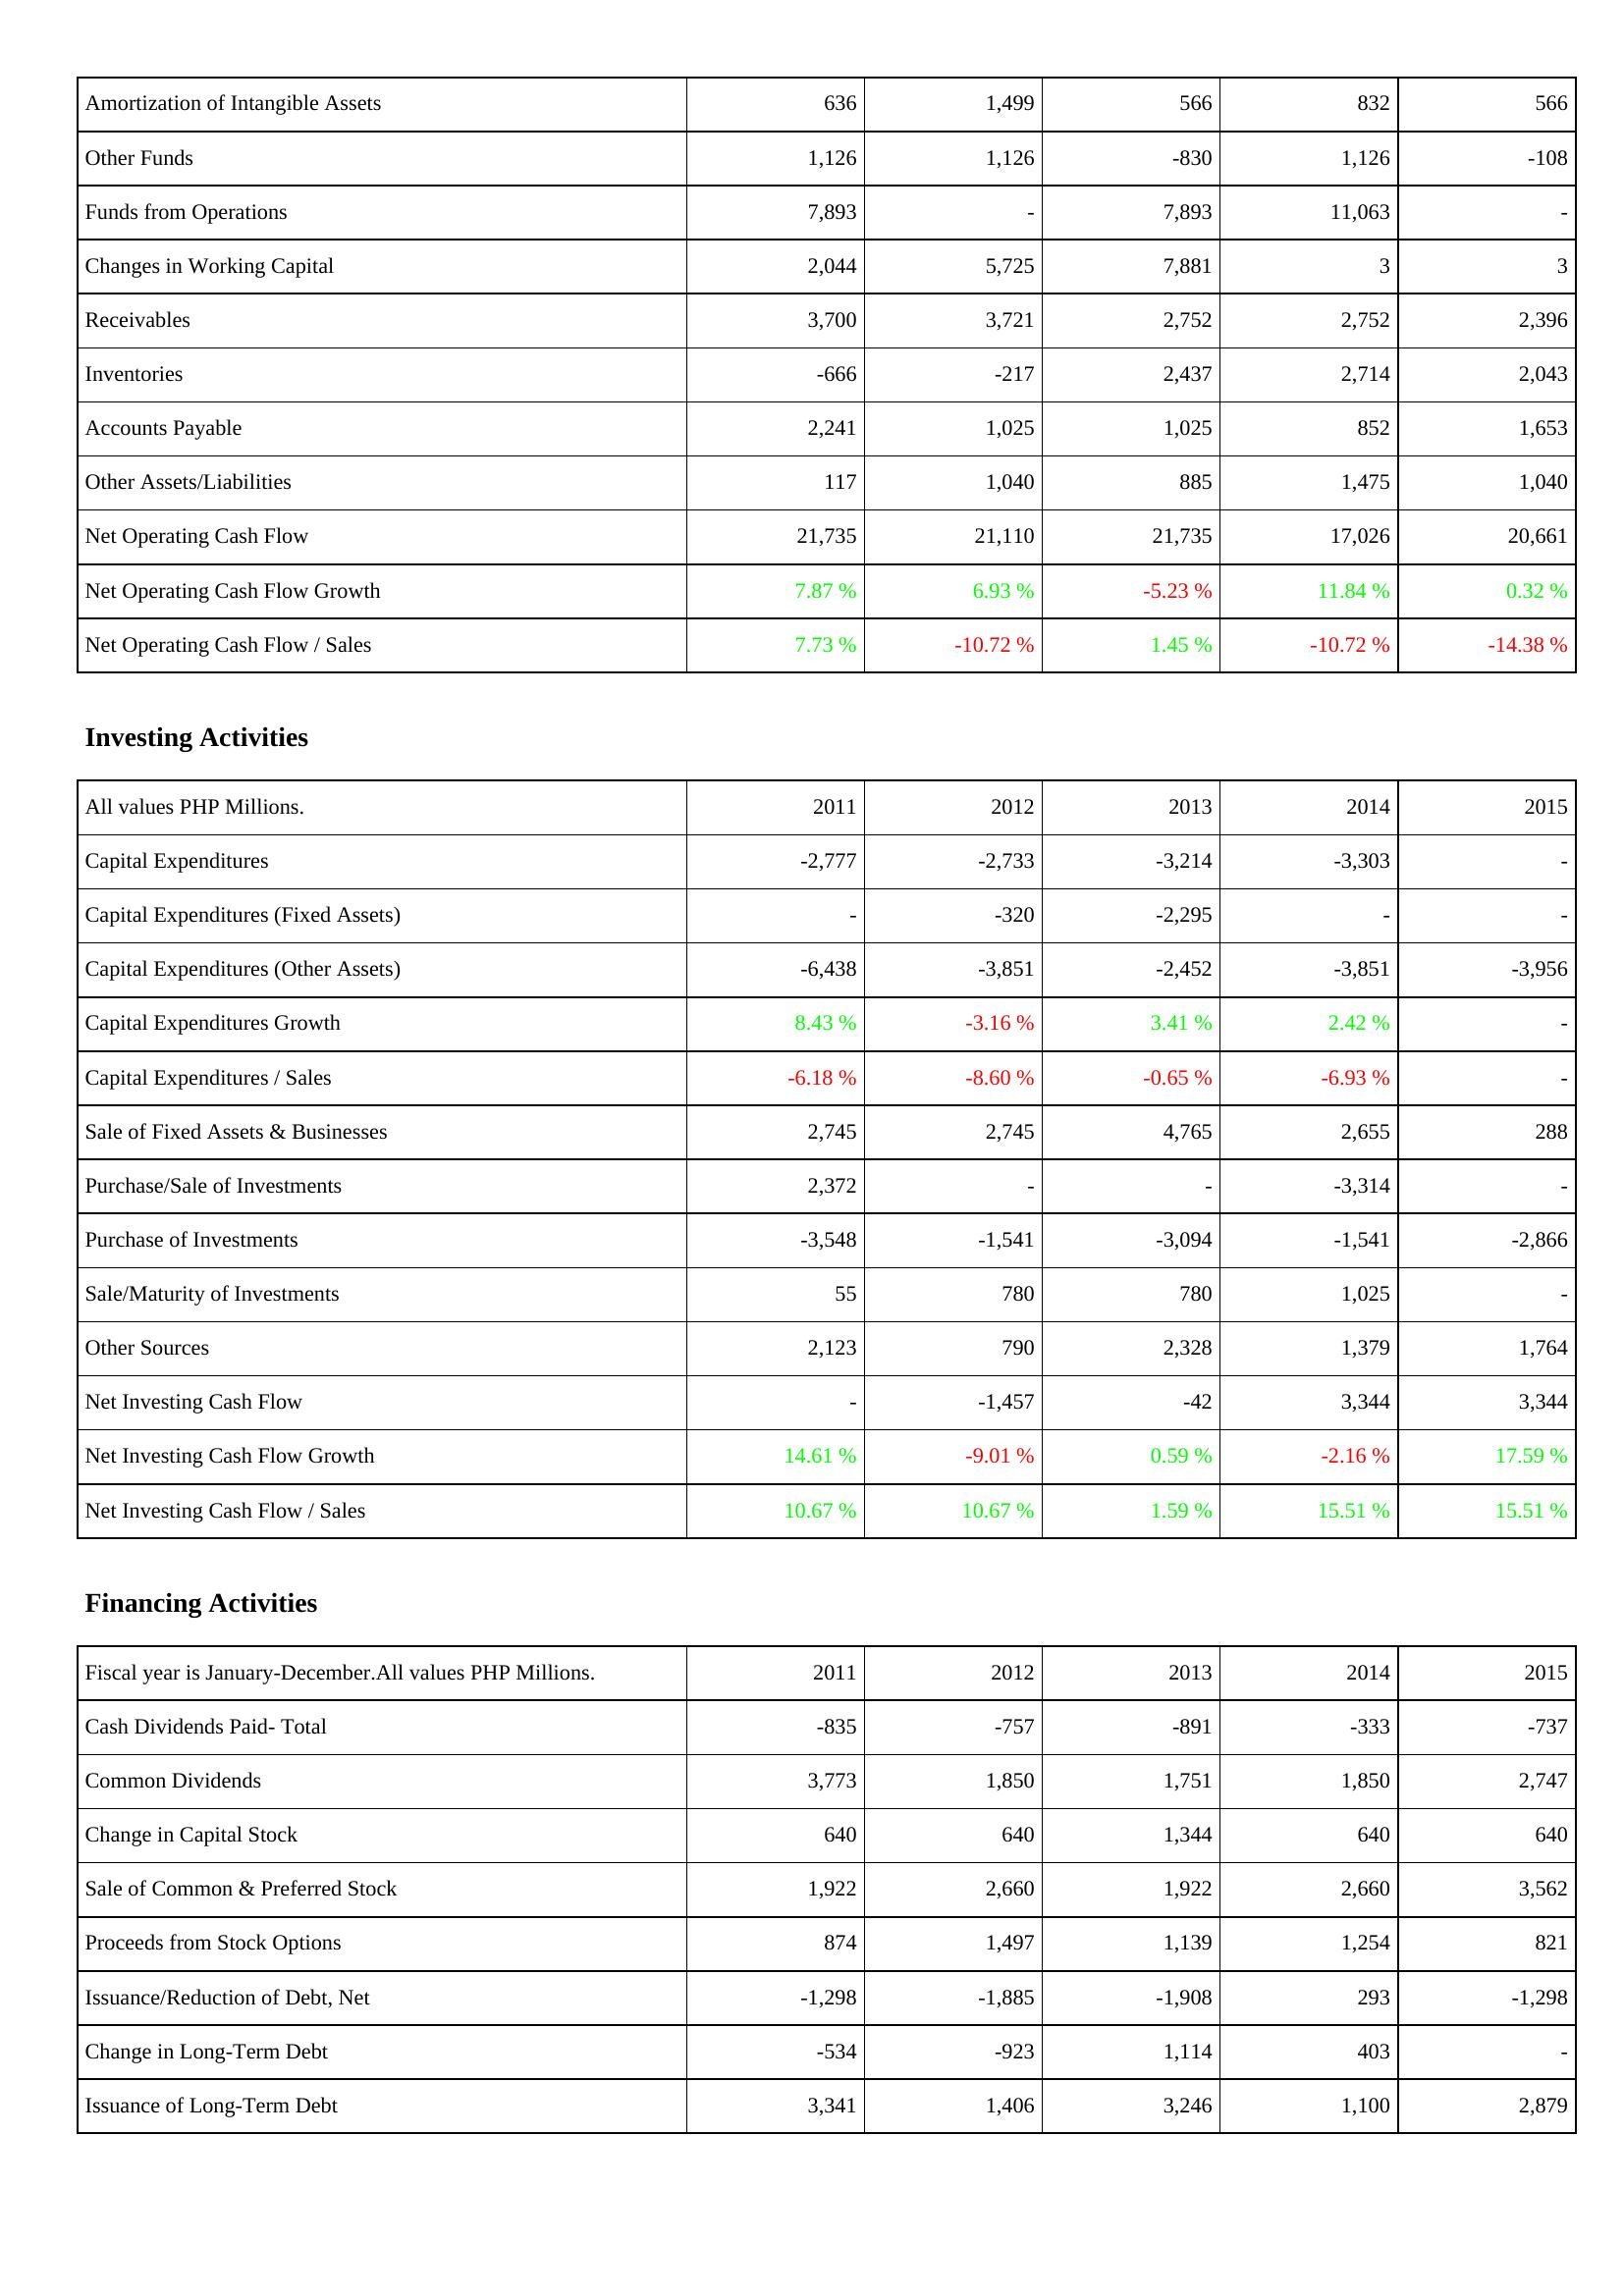
2011: Operating Activities: Amortization of Intangible Assets: 636
Other Funds: 1,126
Funds from Operations: 7,893
Changes in Working Capital: 2,044
Receivables: 3,700
Inventories: -666
Accounts Payable: 2,241
Other Assets/Liabilities: 117
Net Operating Cash Flow: 21,735
Net Operating Cash Flow Growth: 7.87 %
Net Operating Cash Flow / Sales: 7.73 %
Investing Activities: Capital Expenditures: -2,777
Capital Expenditures (Fixed Assets): -
Capital Expenditures (Other Assets): -6,438
Capital Expenditures Growth: 8.43 %
Capital Expenditures / Sales: -6.18 %
Sale of Fixed Assets & Businesses: 2,745
Purchase/Sale of Investments: 2,372
Purchase of Investments: -3,548
Sale/Maturity of Investments: 55
Other Sources: 2,123
Net Investing Cash Flow: -
Net Investing Cash Flow Growth: 14.61 %
Net Investing Cash Flow / Sales: 10.67 %
Financing Activities: Cash Dividends Paid- Total: -835
Common Dividends: 3,773
Change in Capital Stock: 640
Sale of Common & Preferred Stock: 1,922
Proceeds from Stock Options: 874
Issuance/Reduction of Debt, Net: -1,298
Change in Long-Term Debt: -534
Issuance of Long-Term Debt: 3,341
2012: Operating Activities: Amortization of Intangible Assets: 1,499
Other Funds: 1,126
Funds from Operations: -
Changes in Working Capital: 5,725
Receivables: 3,721
Inventories: -217
Accounts Payable: 1,025
Other Assets/Liabilities: 1,040
Net Operating Cash Flow: 21,110
Net Operating Cash Flow Growth: 6.93 %
Net Operating Cash Flow / Sales: -10.72 %
Investing Activities: Capital Expenditures: -2,733
Capital Expenditures (Fixed Assets): -320
Capital Expenditures (Other Assets): -3,851
Capital Expenditures Growth: -3.16 %
Capital Expenditures / Sales: -8.60 %
Sale of Fixed Assets & Businesses: 2,745
Purchase/Sale of Investments: -
Purchase of Investments: -1,541
Sale/Maturity of Investments: 780
Other Sources: 790
Net Investing Cash Flow: -1,457
Net Investing Cash Flow Growth: -9.01 %
Net Investing Cash Flow / Sales: 10.67 %
Financing Activities: Cash Dividends Paid- Total: -757
Common Dividends: 1,850
Change in Capital Stock: 640
Sale of Common & Preferred Stock: 2,660
Proceeds from Stock Options: 1,497
Issuance/Reduction of Debt, Net: -1,885
Change in Long-Term Debt: -923
Issuance of Long-Term Debt: 1,406
2013: Operating Activities: Amortization of Intangible Assets: 566
Other Funds: -830
Funds from Operations: 7,893
Changes in Working Capital: 7,881
Receivables: 2,752
Inventories: 2,437
Accounts Payable: 1,025
Other Assets/Liabilities: 885
Net Operating Cash Flow: 21,735
Net Operating Cash Flow Growth: -5.23 %
Net Operating Cash Flow / Sales: 1.45 %
Investing Activities: Capital Expenditures: -3,214
Capital Expenditures (Fixed Assets): -2,295
Capital Expenditures (Other Assets): -2,452
Capital Expenditures Growth: 3.41 %
Capital Expenditures / Sales: -0.65 %
Sale of Fixed Assets & Businesses: 4,765
Purchase/Sale of Investments: -
Purchase of Investments: -3,094
Sale/Maturity of Investments: 780
Other Sources: 2,328
Net Investing Cash Flow: -42
Net Investing Cash Flow Growth: 0.59 %
Net Investing Cash Flow / Sales: 1.59 %
Financing Activities: Cash Dividends Paid- Total: -891
Common Dividends: 1,751
Change in Capital Stock: 1,344
Sale of Common & Preferred Stock: 1,922
Proceeds from Stock Options: 1,139
Issuance/Reduction of Debt, Net: -1,908
Change in Long-Term Debt: 1,114
Issuance of Long-Term Debt: 3,246
2014: Operating Activities: Amortization of Intangible Assets: 832
Other Funds: 1,126
Funds from Operations: 11,063
Changes in Working Capital: 3
Receivables: 2,752
Inventories: 2,714
Accounts Payable: 852
Other Assets/Liabilities: 1,475
Net Operating Cash Flow: 17,026
Net Operating Cash Flow Growth: 11.84 %
Net Operating Cash Flow / Sales: -10.72 %
Investing Activities: Capital Expenditures: -3,303
Capital Expenditures (Fixed Assets): -
Capital Expenditures (Other Assets): -3,851
Capital Expenditures Growth: 2.42 %
Capital Expenditures / Sales: -6.93 %
Sale of Fixed Assets & Businesses: 2,655
Purchase/Sale of Investments: -3,314
Purchase of Investments: -1,541
Sale/Maturity of Investments: 1,025
Other Sources: 1,379
Net Investing Cash Flow: 3,344
Net Investing Cash Flow Growth: -2.16 %
Net Investing Cash Flow / Sales: 15.51 %
Financing Activities: Cash Dividends Paid- Total: -333
Common Dividends: 1,850
Change in Capital Stock: 640
Sale of Common & Preferred Stock: 2,660
Proceeds from Stock Options: 1,254
Issuance/Reduction of Debt, Net: 293
Change in Long-Term Debt: 403
Issuance of Long-Term Debt: 1,100
2015: Operating Activities: Amortization of Intangible Assets: 566
Other Funds: -108
Funds from Operations: -
Changes in Working Capital: 3
Receivables: 2,396
Inventories: 2,043
Accounts Payable: 1,653
Other Assets/Liabilities: 1,040
Net Operating Cash Flow: 20,661
Net Operating Cash Flow Growth: 0.32 %
Net Operating Cash Flow / Sales: -14.38 %
Investing Activities: Capital Expenditures: -
Capital Expenditures (Fixed Assets): -
Capital Expenditures (Other Assets): -3,956
Capital Expenditures Growth: -
Capital Expenditures / Sales: -
Sale of Fixed Assets & Businesses: 288
Purchase/Sale of Investments: -
Purchase of Investments: -2,866
Sale/Maturity of Investments: -
Other Sources: 1,764
Net Investing Cash Flow: 3,344
Net Investing Cash Flow Growth: 17.59 %
Net Investing Cash Flow / Sales: 15.51 %
Financing Activities: Cash Dividends Paid- Total: -737
Common Dividends: 2,747
Change in Capital Stock: 640
Sale of Common & Preferred Stock: 3,562
Proceeds from Stock Options: 821
Issuance/Reduction of Debt, Net: -1,298
Change in Long-Term Debt: -
Issuance of Long-Term Debt: 2,879